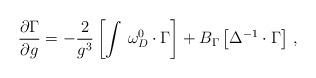
LaTeX: \begin{align*}\frac{\partial \Gamma }{\partial g}=-\frac 2{g^3}\left[ \int \,\omega_D^0\cdot \Gamma \right] +B_\Gamma \left[ \Delta ^{-1}\cdot \Gamma \right]\,, \end{align*}